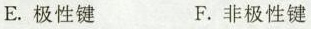
E.极性键 F.非极性键